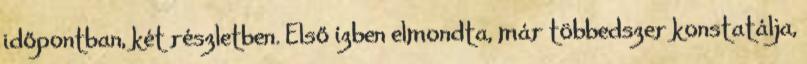
időpontban, két rész­letben. El­ső ízben elmondta, már többedszer konstatálja,